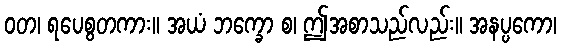
ဝတ၊ ရပေစွတကား။ အယံ ဘက္ခော စ၊ ဤအစာသည်လည်း။ အနပ္ပကော၊